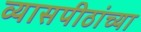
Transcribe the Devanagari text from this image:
व्यासपीठांच्या